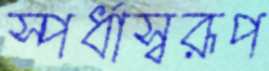
স্পর্ধাস্বরূপ